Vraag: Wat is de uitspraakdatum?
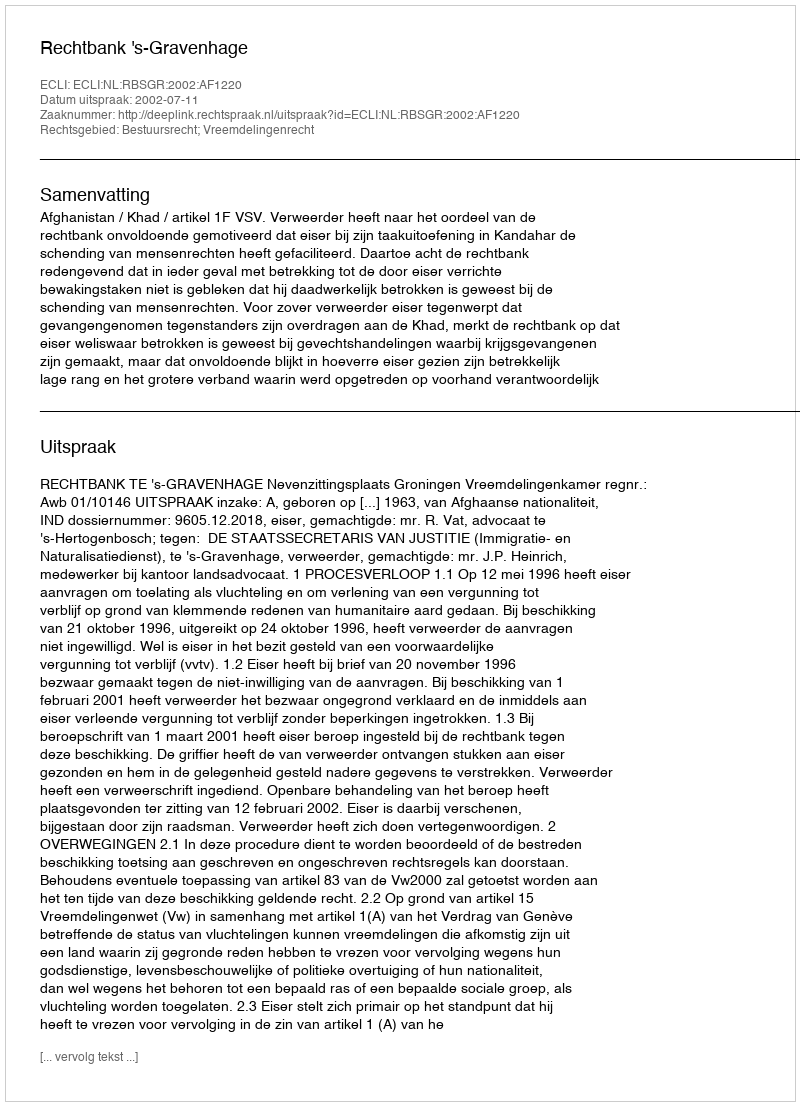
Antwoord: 2002-07-11